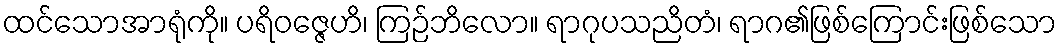
ထင်သောအာရုံကို။ ပရိဝဇ္ဇေဟိ၊ ကြဉ်ဘိလော။ ရာဂုပသညိတံ၊ ရာဂ၏ဖြစ်ကြောင်းဖြစ်သော